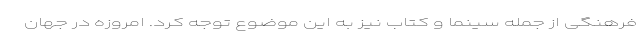
فرهنگی از جمله سینما و کتاب نیز به این موضوع توجه کرد. امروزه در جهان